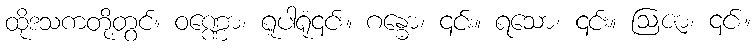
ထိုဒသကတို့တွင်။ ဝဏ္ဏော၊ ရူပါရုံ၎င်း။ ဂန္ဓော၊ ၎င်း။ ရသော၊ ၎င်း။ ဩဇာ၊ ၎င်း။